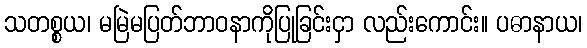
သတစ္စယ၊ မမြဲမပြတ်ဘာဝနာကိုပြုခြင်းငှာ လည်းကောင်း။ ပဓာနာယ၊